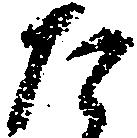
た